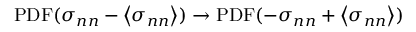
\mathrm { P D F } ( \sigma _ { n n } - \left\langle \sigma _ { n n } \right\rangle ) \to \mathrm { P D F } ( - \sigma _ { n n } + \left\langle \sigma _ { n n } \right\rangle )